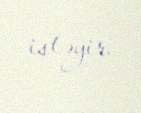
istəyir.